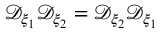
\mathcal { D } _ { \xi _ { 1 } } \mathcal { D } _ { \xi _ { 2 } } = \mathcal { D } _ { \xi _ { 2 } } \mathcal { D } _ { \xi _ { 1 } }